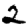
Digit: 2